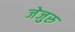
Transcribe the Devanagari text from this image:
जेजुरु